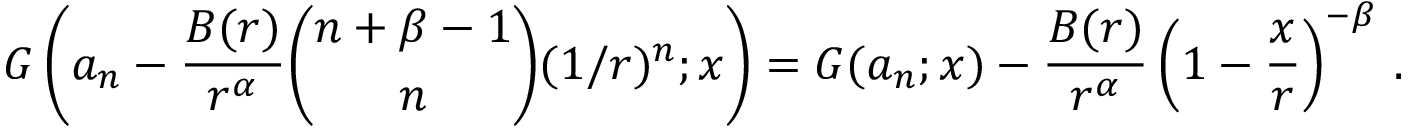
G \left( a _ { n } - { \frac { B ( r ) } { r ^ { \alpha } } } { \binom { n + \beta - 1 } { n } } ( 1 / r ) ^ { n } ; x \right) = G ( a _ { n } ; x ) - { \frac { B ( r ) } { r ^ { \alpha } } } \left( 1 - { \frac { x } { r } } \right) ^ { - \beta } \, .